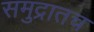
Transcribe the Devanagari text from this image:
समुद्रातच